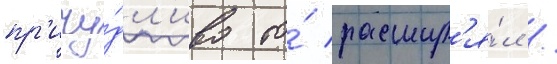
пр'ичу́дл'иво то́ расшир'я́л /